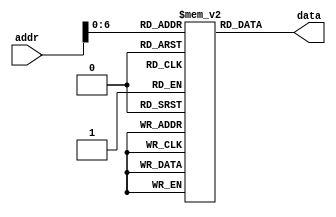
// Class: CSCI 401 Computer Architecture
// Term: SPR11
// Name(s): 
//
// Lab #1: Instruction Fetch Stage

//                              -*- Mode: Verilog -*-
// Description     : The instruction memory module
//                   of the IF stage of the pipeline
// Modified By     : Jason Fredrick and David Sturgeon

`timescale 1ns / 1ps

module memory (
   output reg [31:0] data,       // Output of Instruction Memory
   input wire [31:0] addr        // Input of Instruction Memory
   );

// Register Declarations
   reg [31:0] MEM[0:127];  // 128 words of 32-bit memory

// 002300AA
// 10654321
// 00100022
// 8C123456
// 8F123456
// AD654321
// 13012345
// AC654321
// 12012345

// Initialize Registers
   initial begin
   MEM[0] <= 'h002300AA;
   MEM[1] <= 'h10654321;
   MEM[2] <= 'h00100022;
   MEM[3] <= 'h8C123456;
   MEM[4] <= 'h8F123456;
   MEM[5] <= 'hAD654321;
   MEM[6] <= 'h13012345;
   MEM[7] <= 'hAC654321;
   MEM[8] <= 'h12012345;
   MEM[9] <= 'h00000000;
   end
   
   always @ (addr) data <= MEM[addr];
endmodule // memory